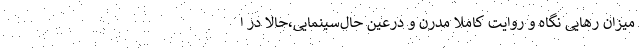
میزان رهایی نگاه و روایت کاملا مدرن و درعین حال‌سینمایی،حالا در ا